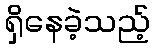
ရှိနေခဲ့သည့်